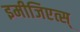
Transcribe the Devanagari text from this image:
इमीजिएत्स्